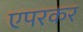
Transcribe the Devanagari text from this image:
एपरकर